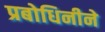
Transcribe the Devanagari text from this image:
प्रबोधिनीने